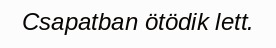
Csapatban ötödik lett.